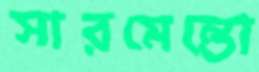
সারমেন্তো